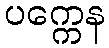
ပက္ကေန